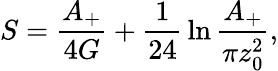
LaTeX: S={\frac{A_{+}}{4G}}+{\frac{1}{24}}\ln{\frac{A_{+}}{\pi z_{0}^{2}}},